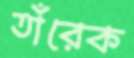
তাঁরেক